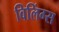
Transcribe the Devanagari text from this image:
विलिंग्स